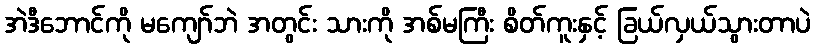
အဲဒီဘောင်ကို မကျော်ဘဲ အတွင်း သားကို အစ်မကြီး စိတ်ကူးနှင့် ခြယ်လှယ်သွားတာပဲ